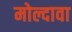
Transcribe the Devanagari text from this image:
मोल्दावा